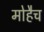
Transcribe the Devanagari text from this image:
मोहैच